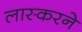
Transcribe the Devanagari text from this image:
लास्करने